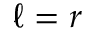
\ell = r